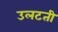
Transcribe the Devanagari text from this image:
उलटती